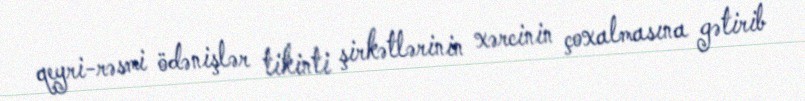
qeyri-rəsmi ödənişlər tikinti şirkətlərinin xərcinin çoxalmasına gətirib